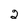
Character: 2